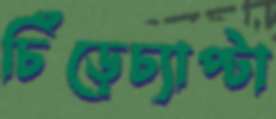
চিঁড়েচ্যাপ্টা